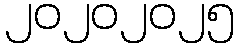
၂၀၂၀၂၀၂၅